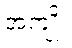
အကျိုး